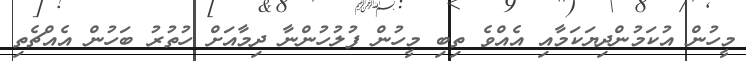
މީހުން އުކަމުންދިޔަކަމާއި އެއްވެ ތިބި މީހުން ފުލުހުންނާ ދިމާއަށް ހުތުރު ބަހުން އެއްޗެތި